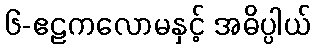
၆-ဧဠကလောမနှင့် အဓိပ္ပါယ်